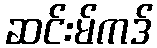
ဆင်းမ်ကဒ်